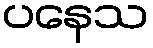
ပနေသ